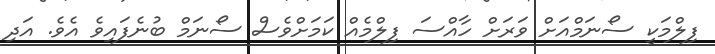
ފިލްމަކީ ސޯނަމްއަށް ވަރަށް ހާއްސަ ފިލްމެއް ކަމަށްވެސް ސޯނަމް ބުނެފައިވެ އެވެ. އަދި